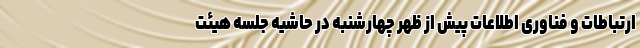
ارتباطات و فناوری اطلاعات پیش از ظهر چهارشنبه در حاشیه جلسه هیئت